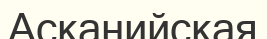
Асканийская